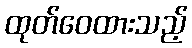
ထုတ်ဝေထားသည့်